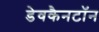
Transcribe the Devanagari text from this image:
डेवकैनटॉन